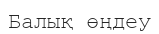
Балық өңдеу